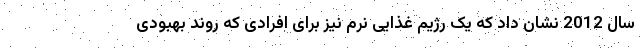
سال 2012 نشان داد که یک رژیم غذایی نرم نیز برای افرادی که روند بهبودی